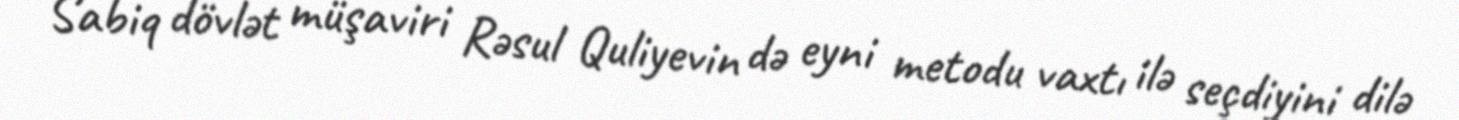
Sabiq dövlət müşaviri Rəsul Quliyevin də eyni metodu vaxtı ilə seçdiyini dilə